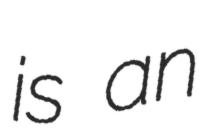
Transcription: is an